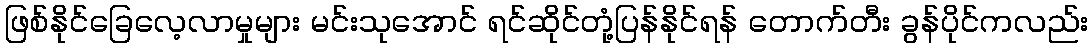
ဖြစ်နိုင်ခြေလေ့လာမှုများ မင်းသုအောင် ရင်ဆိုင်တုံ့ပြန်နိုင်ရန် တောက်တီး ခွန်ပိုင်ကလည်း